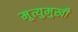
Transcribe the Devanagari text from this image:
मृ्त्युमुखी